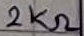
Text: 2KΩ